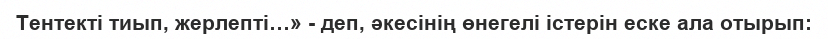
Тентекті тиып, жерлепті…» - деп, әкесінің өнегелі істерін еске ала отырып: